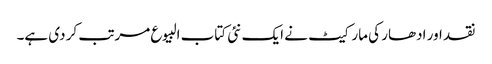
نقد اور ادھار کی مارکیٹ نے ایک نئی کتاب البیوع مرتب کر دی ہے۔